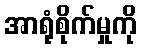
အာရုံစိုက်မှုကို